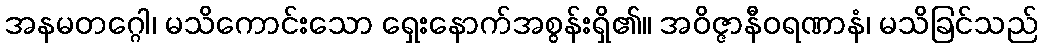
အနမတဂ္ဂေါ၊ မသိကောင်းသော ရှေးနောက်အစွန်းရှိ၏။ အဝိဇ္ဇာနီဝရဏာနံ၊ မသိခြင်သည်